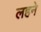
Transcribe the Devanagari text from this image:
लहने